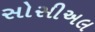
સોસીઅલ